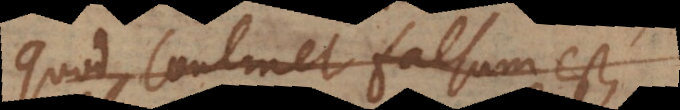
quod continet falsum est